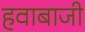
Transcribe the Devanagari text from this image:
हवाबाजी